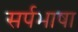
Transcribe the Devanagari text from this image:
सर्पभाषा